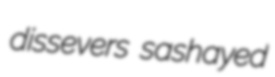
dissevers sashayed